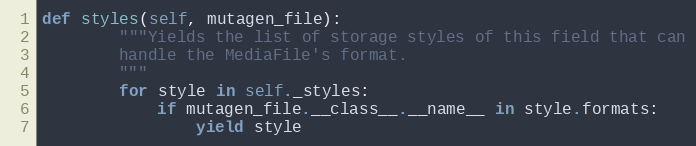
Language: Python
def styles(self, mutagen_file):
        """Yields the list of storage styles of this field that can
        handle the MediaFile's format.
        """
        for style in self._styles:
            if mutagen_file.__class__.__name__ in style.formats:
                yield style